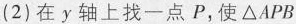
(2)在y轴上找一点P，使\triangleAPB